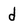
Character: d